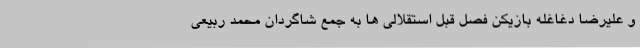
و علیرضا دغاغله بازیکن فصل قبل استقلالی ها به جمع شاگردان محمد ربیعی